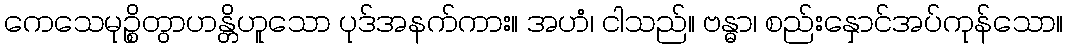
ကေသေမုဉ္စိတွာဟန္တိဟူသော ပုဒ်အနက်ကား။ အဟံ၊ ငါသည်။ ဗန္ဓာ၊ စည်းနှောင်အပ်ကုန်သော။